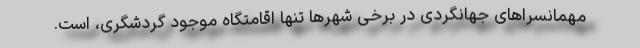
مهمانسراهای جهانگردی در برخی شهرها تنها اقامتگاه موجود گردشگری، است.